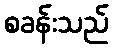
စခန်းသည်